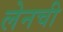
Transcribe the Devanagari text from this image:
लेनची